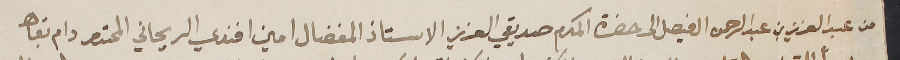
من عبد العزيز بن عبد الرحمن ال فيصل الى حضرة المكرم صديدقي العزيز الاستاذ المفضال امين افندي الريحاني المحترم دام بقاه